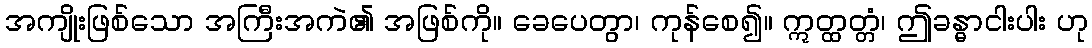
အကျိုးဖြစ်သော အကြီးအကဲ၏ အဖြစ်ကို။ ခေပေတွာ၊ ကုန်စေ၍။ ဣတ္ထတ္တံ၊ ဤခန္ဓာငါးပါး ဟု